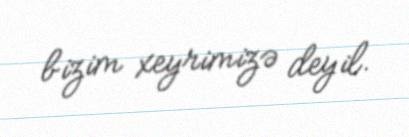
bizim xeyrimizə deyil.